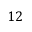
1 2